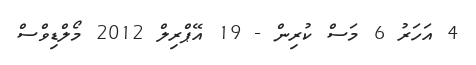
4 އަހަރު 6 މަސް ކުރިން - 19 އޭޕްރިލް 2012 މޯލްޑިވްސް